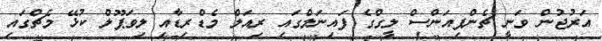
އަރުޖުން ވަނީ ޗެންޕިއަންސް ލީގްގެ ފައިނަލްގައި ރިއަލް މެޑްރިޑާއި ލިވަޕޫލް ކުޅޭ މެޗްގައި